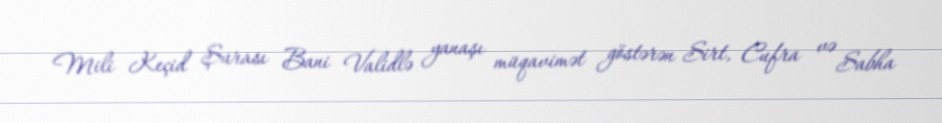
Mili Keçid Şurası Bani Validlə yanaşı müqavimət göstərən Sirt, Cufra və Sabha